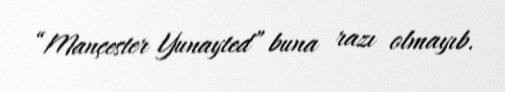
“Mançester Yunayted” buna razı olmayıb.